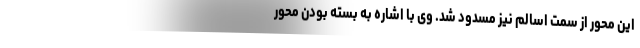
این محور از سمت اسالم نیز مسدود شد. وی با اشاره به بسته بودن محور